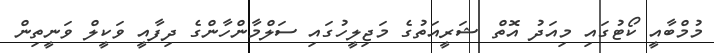
މުމްބާއީ ކޯޓުގައި މިއަދު އޮތް ޝަރީއަތުގެ މަޖިލީހުގައި ސަލްމާންހާންގެ ދިފާއީ ވަކީލް ވަނީތިން